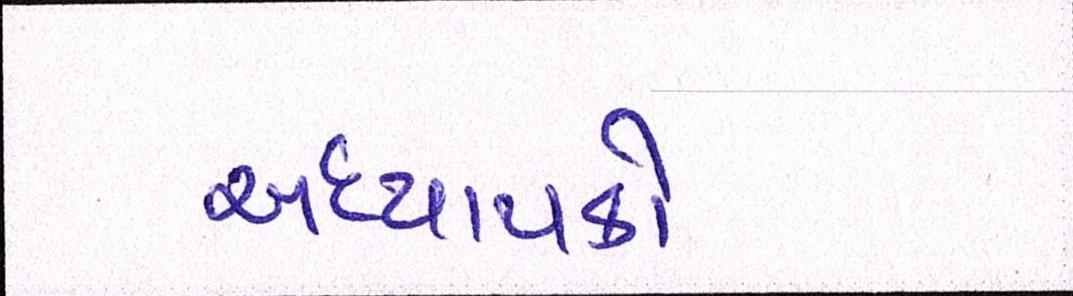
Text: અધ્યાપકો